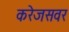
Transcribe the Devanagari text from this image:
करेजसवर